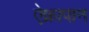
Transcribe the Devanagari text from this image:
ऐक्रापान